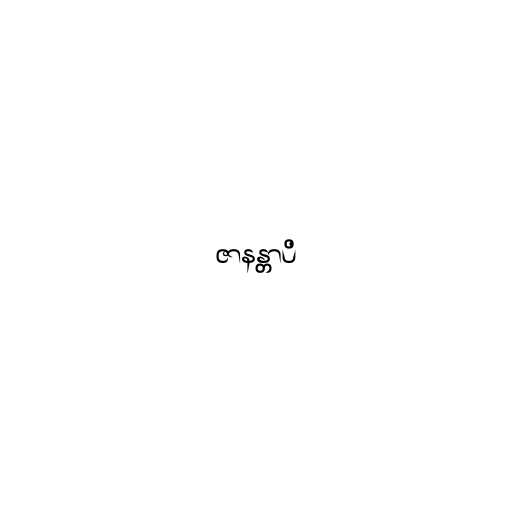
ဇာနန္တာပိ